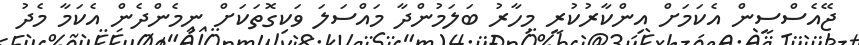
ޖޭއެސްސީން އެކަމަށް އިންކާރުކުރީ މިހާރު ބަލަމުންދާ މައްސަލަ ވަކިގޮތަކަށް ނިމެންދެން އެކަމާ މެދު